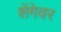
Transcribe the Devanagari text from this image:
शेंगेवर